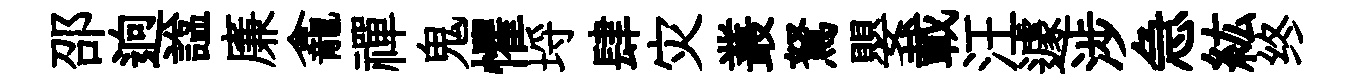
邵逈諡廉龕禪鬼懼埓肆灾叢駑嬰載汪遽涉急紘终